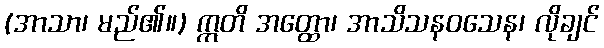
(အာသာ၊ မည်၏။) ဣတိ အတ္ထော၊ အာသိသနဝသေန၊ လိုချင်